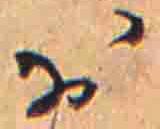
お